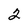
Character: 2